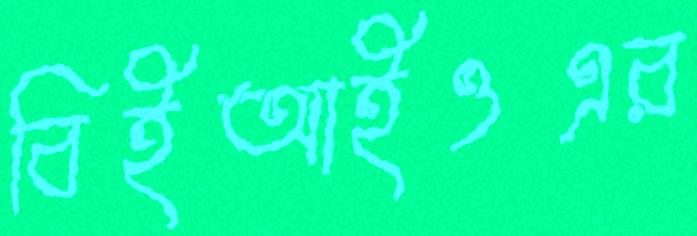
বিইআইওএর